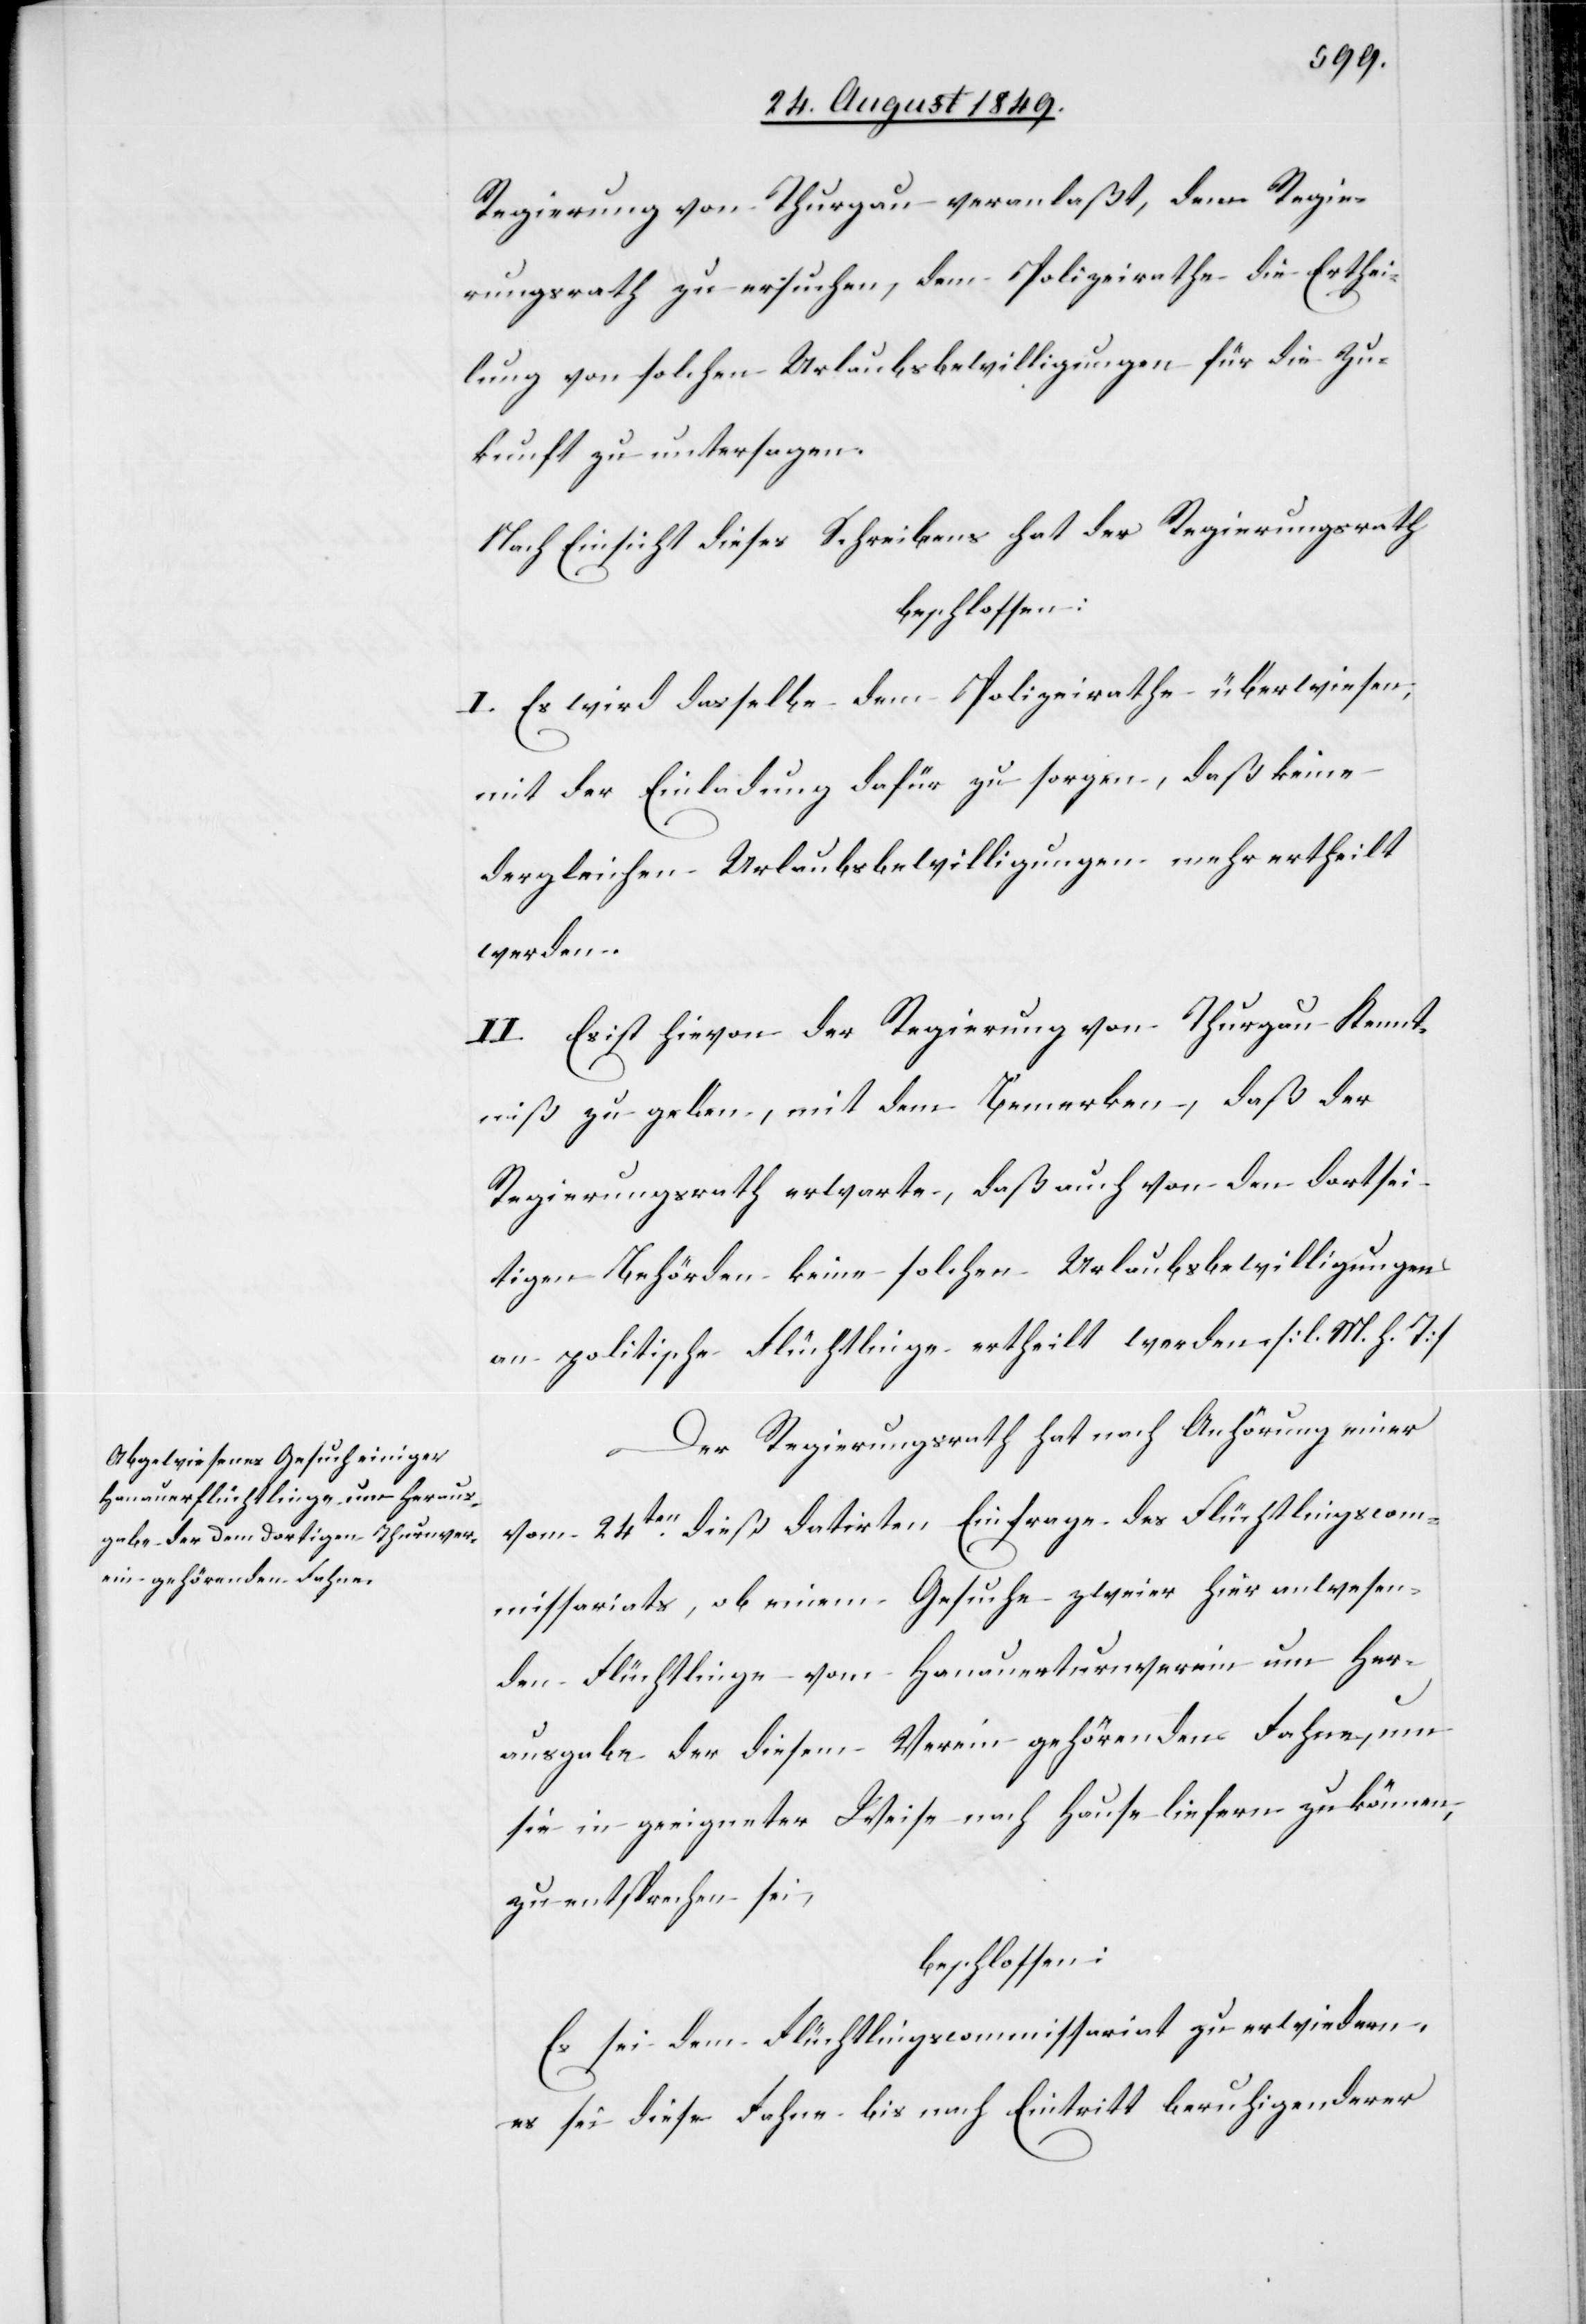
Regierung von Thurgau veranlaßt, den Regie¬
rungsrath zu ersuchen, dem Polizeirathe die Erthei¬
lung von solchen Urlaubsbewilligungen für die Zu¬
kunft zu untersagen.
Nach Einsicht dieses Schreibens hat der Regierungsrath
beschlossen:
I. Es wird dasselbe dem Polizeirathe überwiesen,
mit der Einladung dafür zu sorgen, daß keine
dergleichen Urlaubsbewilligungen mehr ertheilt
werden.
II. Es ist hievon der Regierung von Thurgau Kennt¬
niß zu geben, mit dem Bemerken, daß der
Regierungsrath erwarte, daß auch von den dortsei¬
tigen Behörden keine solchen Urlaubsbewilligungen
an politische Flüchtlinge ertheilt werden. [l. M. h. T]
Der Regierungsrath hat nach Anhörung einer
vom 24ten dieß datirten Einfrage des Flüchtlingscom¬
missariats, ob einem Gesuche zweier hier anwesen¬
den Flüchtlinge vom Hanauerturnverein um Her¬
ausgabe der diesem Verein gehörenden Fahne, um
sie in geeigneter Weise nach Hause liefern zu können,
zu entsprechen sei,
beschlossen:
Es sei dem Flüchtlingscommissariat zu erwiedern,
es sei diese Fahne bis nach Eintritt beruhigenderer